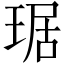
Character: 琚